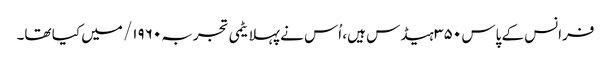
فرانس کے پاس ۳۵۰ ہیڈس ہیں، اُس نے پہلا یٹمی تجربہ ۱۹۶۰/ میں کیا تھا۔